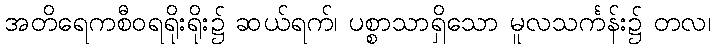
အတိရေကစီဝရရိုးရိုး၌ ဆယ်ရက်၊ ပစ္စာသာရှိသော မူလသင်္ကန်း၌ တလ၊